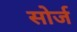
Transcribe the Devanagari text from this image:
सोर्ज